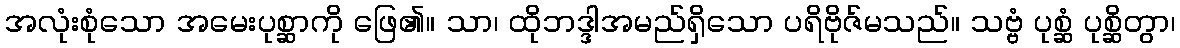
အလုံးစုံသော အမေးပုစ္ဆာကို ဖြေ၏။ သာ၊ ထိုဘဒ္ဒါအမည်ရှိသော ပရိဗိုဇ်မသည်။ သဗ္ဗံ ပုစ္ဆံ ပုစ္ဆိတွာ၊